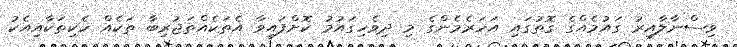
ވިސްނާލާއިރު ގައުމެއްގެ ގޮތުގައި އަހަރެމެންގެ މި ދިވެހިގައުމު ކޮށްފައިވާ އެތަކެއްތަޖުރިބާ ތަކެއް ހެކިތަކާއިއެކު